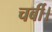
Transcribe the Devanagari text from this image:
चर्बी।